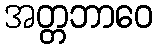
အတ္တဘာဝေ